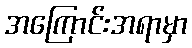
အကြောင်းအရာမှာ